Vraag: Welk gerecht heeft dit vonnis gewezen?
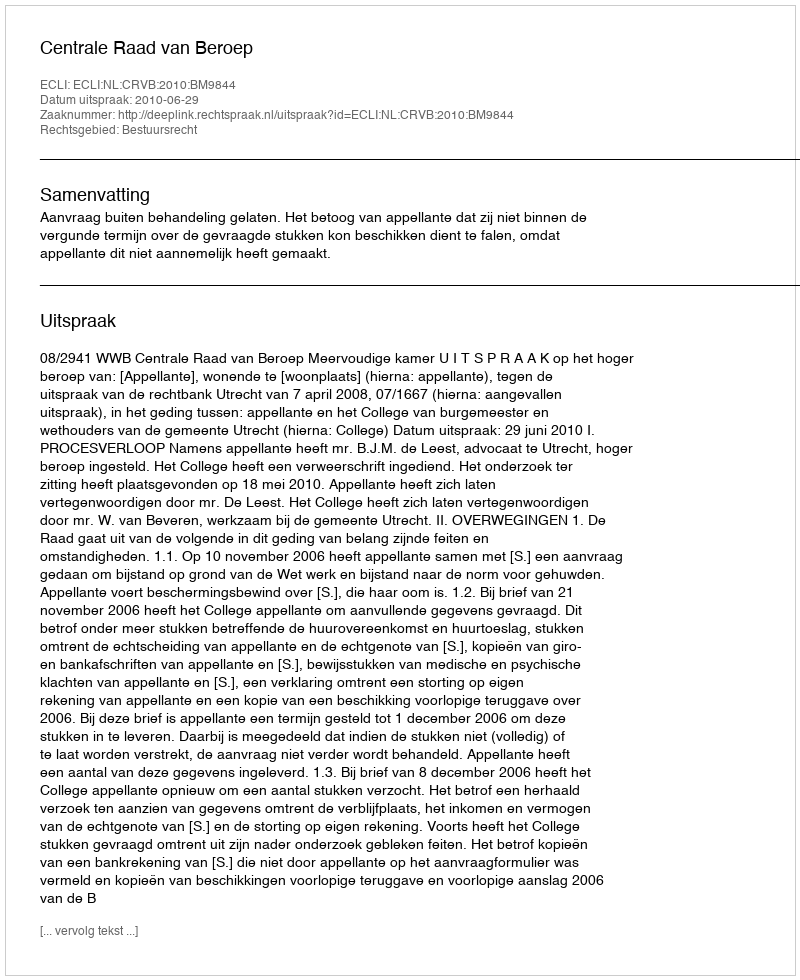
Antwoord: Centrale Raad van Beroep